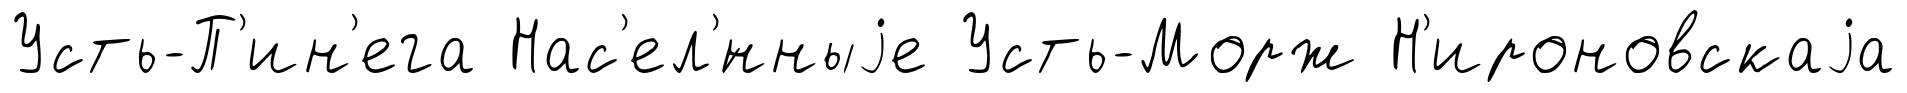
Усть-П'ин'ега Нас'ел'́нныjе Усть-Морж Н'ироновскаjа